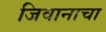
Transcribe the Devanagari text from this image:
जिवानाचा